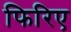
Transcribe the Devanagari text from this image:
फिरिए